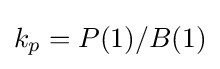
k_{p}=P(1)/B(1)